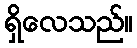
ရှိလေသည်။